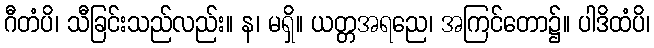
ဂီတံပိ၊ သီခြင်းသည်လည်း။ န၊ မရှိ။ ယတ္တအရညေ၊ အကြင်တော၌။ ပါဒိထံပိ၊